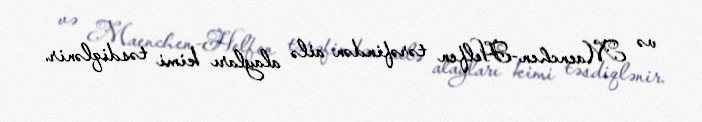
və Maenchen-Helfen tərəfindən ailə alayları kimi təsdiqlənir.